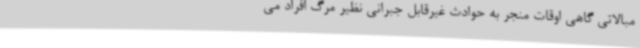
مبالاتی گاهی اوقات منجر به حوادث غیرقابل جبرانی نظیر مرگ افراد می